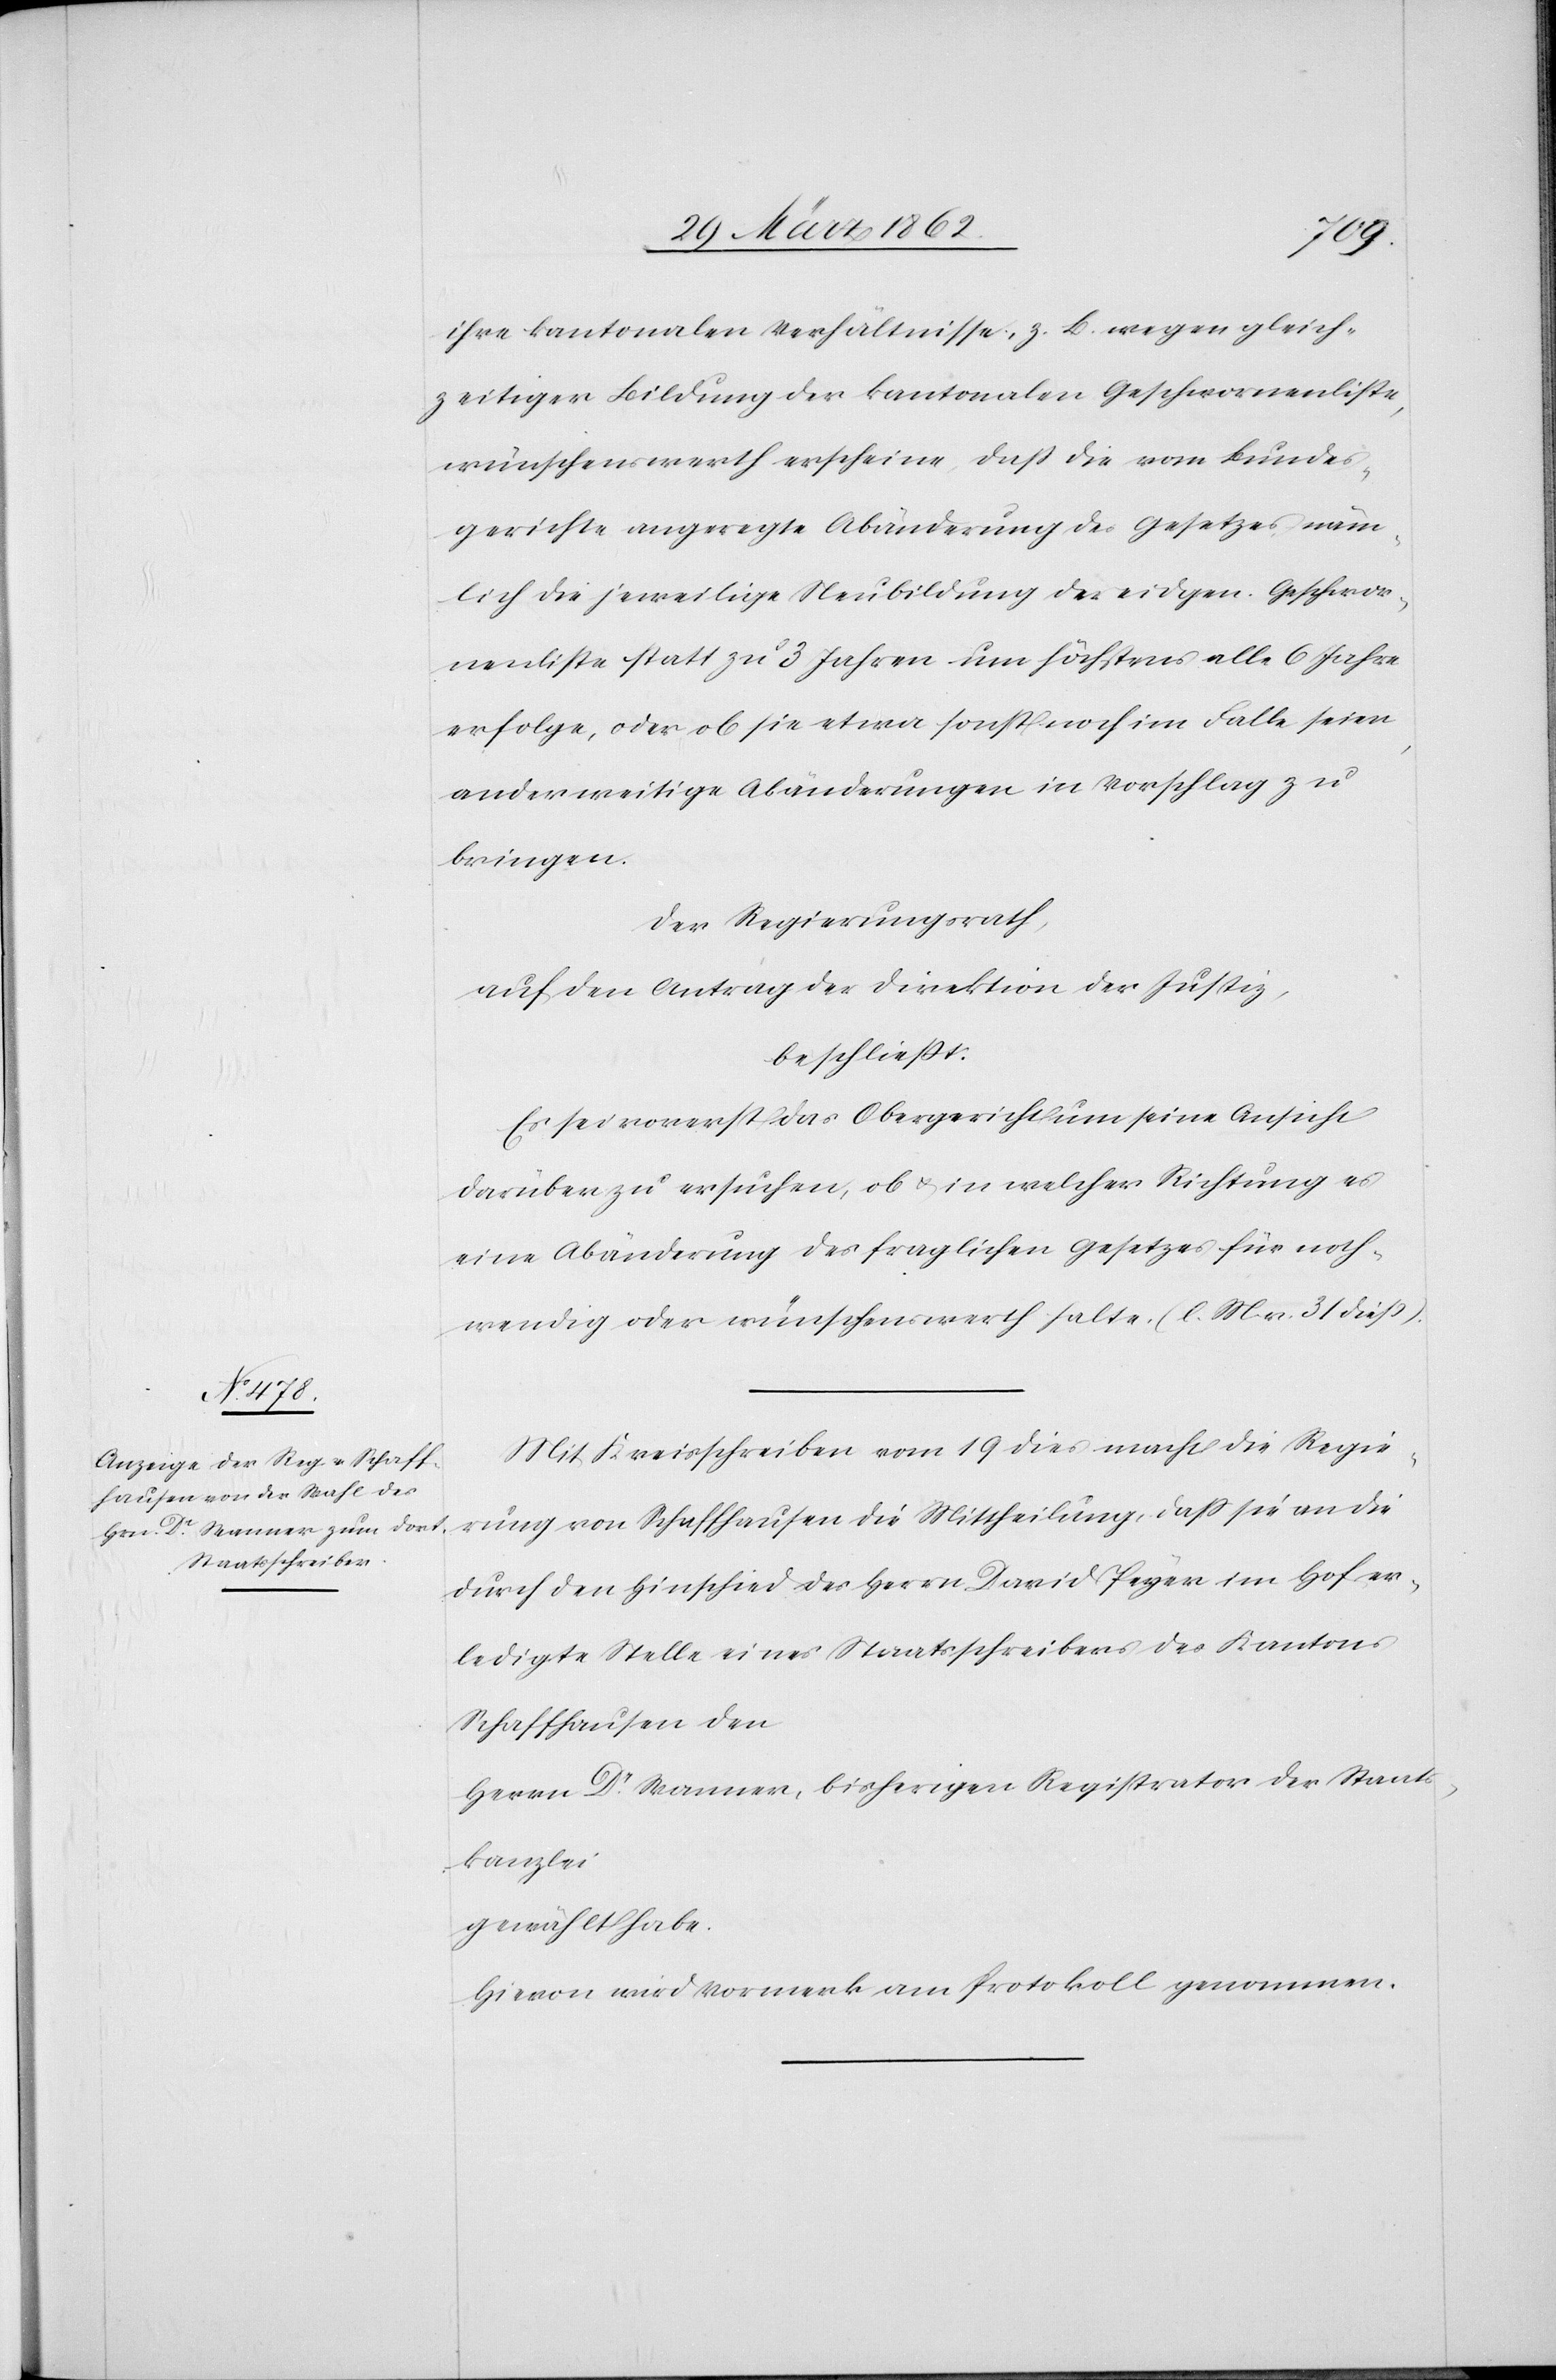
ihre kantonalen Verhältnisse, z. B. wegen gleich¬
zeitiger Bildung der kantonalen Geschwornenliste,
wünschenswerth erscheine, daß die vom Bundes¬
gerichte angeregte Abänderung des Gesetzes, näm¬
lich die jeweilige Neubildung der eidgen. Geschwor¬
nenliste statt zu 3 Jahren um höchstens alle 6 Jahre
erfolge, oder ob sie etwa sonst noch im Falle seien,
anderweitige Abänderungen in Vorschlag zu
bringen.
Der Regierungsrath,
auf den Antrag der Direktion der Justiz,
beschließt:
Es sei vorerst das Obergericht um seine Ansicht
darüber zu ersuchen, ob & in welcher Richtung es
eine Abänderung des fraglichen Gesetzes für noth¬
wendig oder wünschenswerth halte. (l. M. v. 31 dieß).
daß
Mit Kreisschreiben vom 19 dies macht die Regie¬
durch den Hinschied des Herrn David Peyer im Hof er¬
ledigte Stelle eines Staatsschreibers des Kantons
Schaffhausen den
Herrn Dr. Wanner, bisherigen Registrator der Staats¬
kanzlei
gewählt habe.
Hievon wird Vormerk am Protokoll genommen.